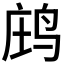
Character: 𪉉